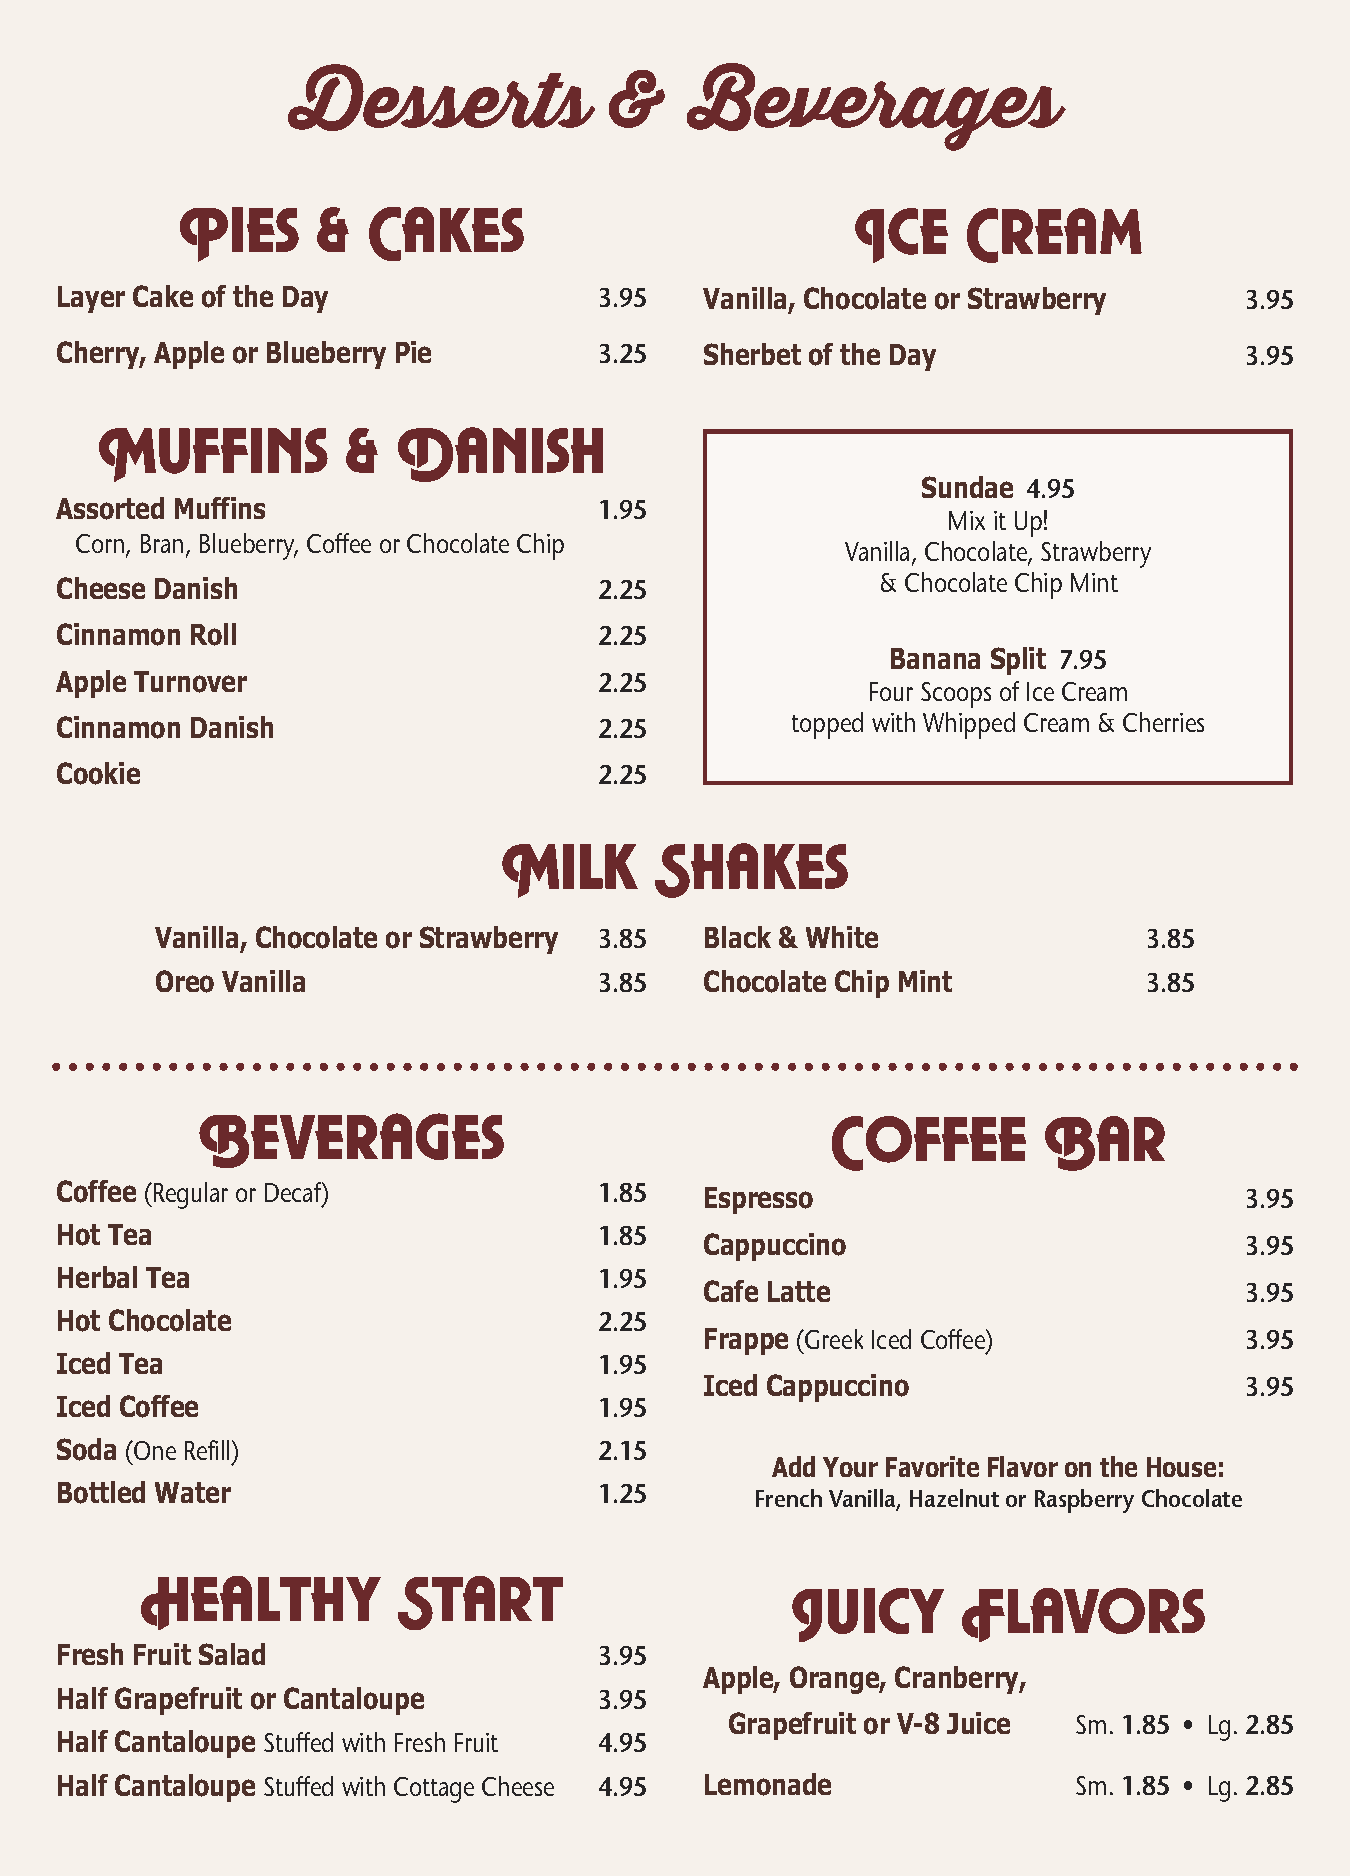
Desserts             &     Beverages
 Pies     &  Cakes                            Ice    Cream
 Layer Cake of the Day               3.95   Vanilla, Chocolate or Strawberry   3.95
 Cherry, Apple or Blueberry Pie      3.25   Sherbet of the Day                 3.95
 Muffins          &  Danish
 Sundae 4.95
 Assorted Muffins                    1.95
 Mix it Up!
 Corn, Bran, Blueberry, Coffee or Chocolate Chip
 Vanilla, Chocolate, Strawberry
 & Chocolate Chip Mint
 Cheese Danish                       2.25
 Cinnamon Roll                       2.25
 Banana Split 7.95
 Apple Turnover                      2.25             Four Scoops of Ice Cream
 Cinnamon Danish                     2.25        topped with Whipped Cream & Cherries
 Cookie                              2.25
 Milk      Shakes
 Vanilla, Chocolate or Strawberry 3.85 Black & White               3.85
 Oreo Vanilla                  3.85   Chocolate Chip Mint          3.85
 Beverages                                 Coffee        Bar
 Coffee (Regular or Decaf)           1.85   Espresso                           3.95
 Hot Tea                             1.85   Cappuccino                         3.95
 Herbal Tea                          1.95
 Cafe Latte                         3.95
 Hot Chocolate                       2.25
 Frappe (Greek Iced Coffee)         3.95
 Iced Tea                            1.95
 Iced Cappuccino                    3.95
 Iced Coffee                         1.95
 Soda (One Refill)                   2.15
 Add Your Favorite Flavor on the House:
 Bottled Water                       1.25      French Vanilla, Hazelnut or Raspberry Chocolate
 Healthy          Start
 Juicy       Flavors
 Fresh Fruit Salad                   3.95
 Apple, Orange, Cranberry,
 Half Grapefruit or Cantaloupe       3.95
 Grapefruit or V-8 Juice Sm. 1.85 • Lg. 2.85
 Half Cantaloupe Stuffed with Fresh Fruit 4.95
 Half Cantaloupe Stuffed with Cottage Cheese 4.95 Lemonade          Sm. 1.85 • Lg. 2.85